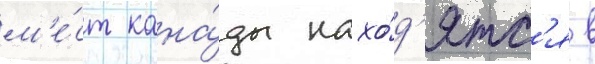
м'е́ст кана́ды нахо́д'ятс'я в